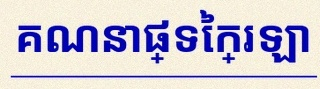
គណនាផ្ទៃក្រឡា